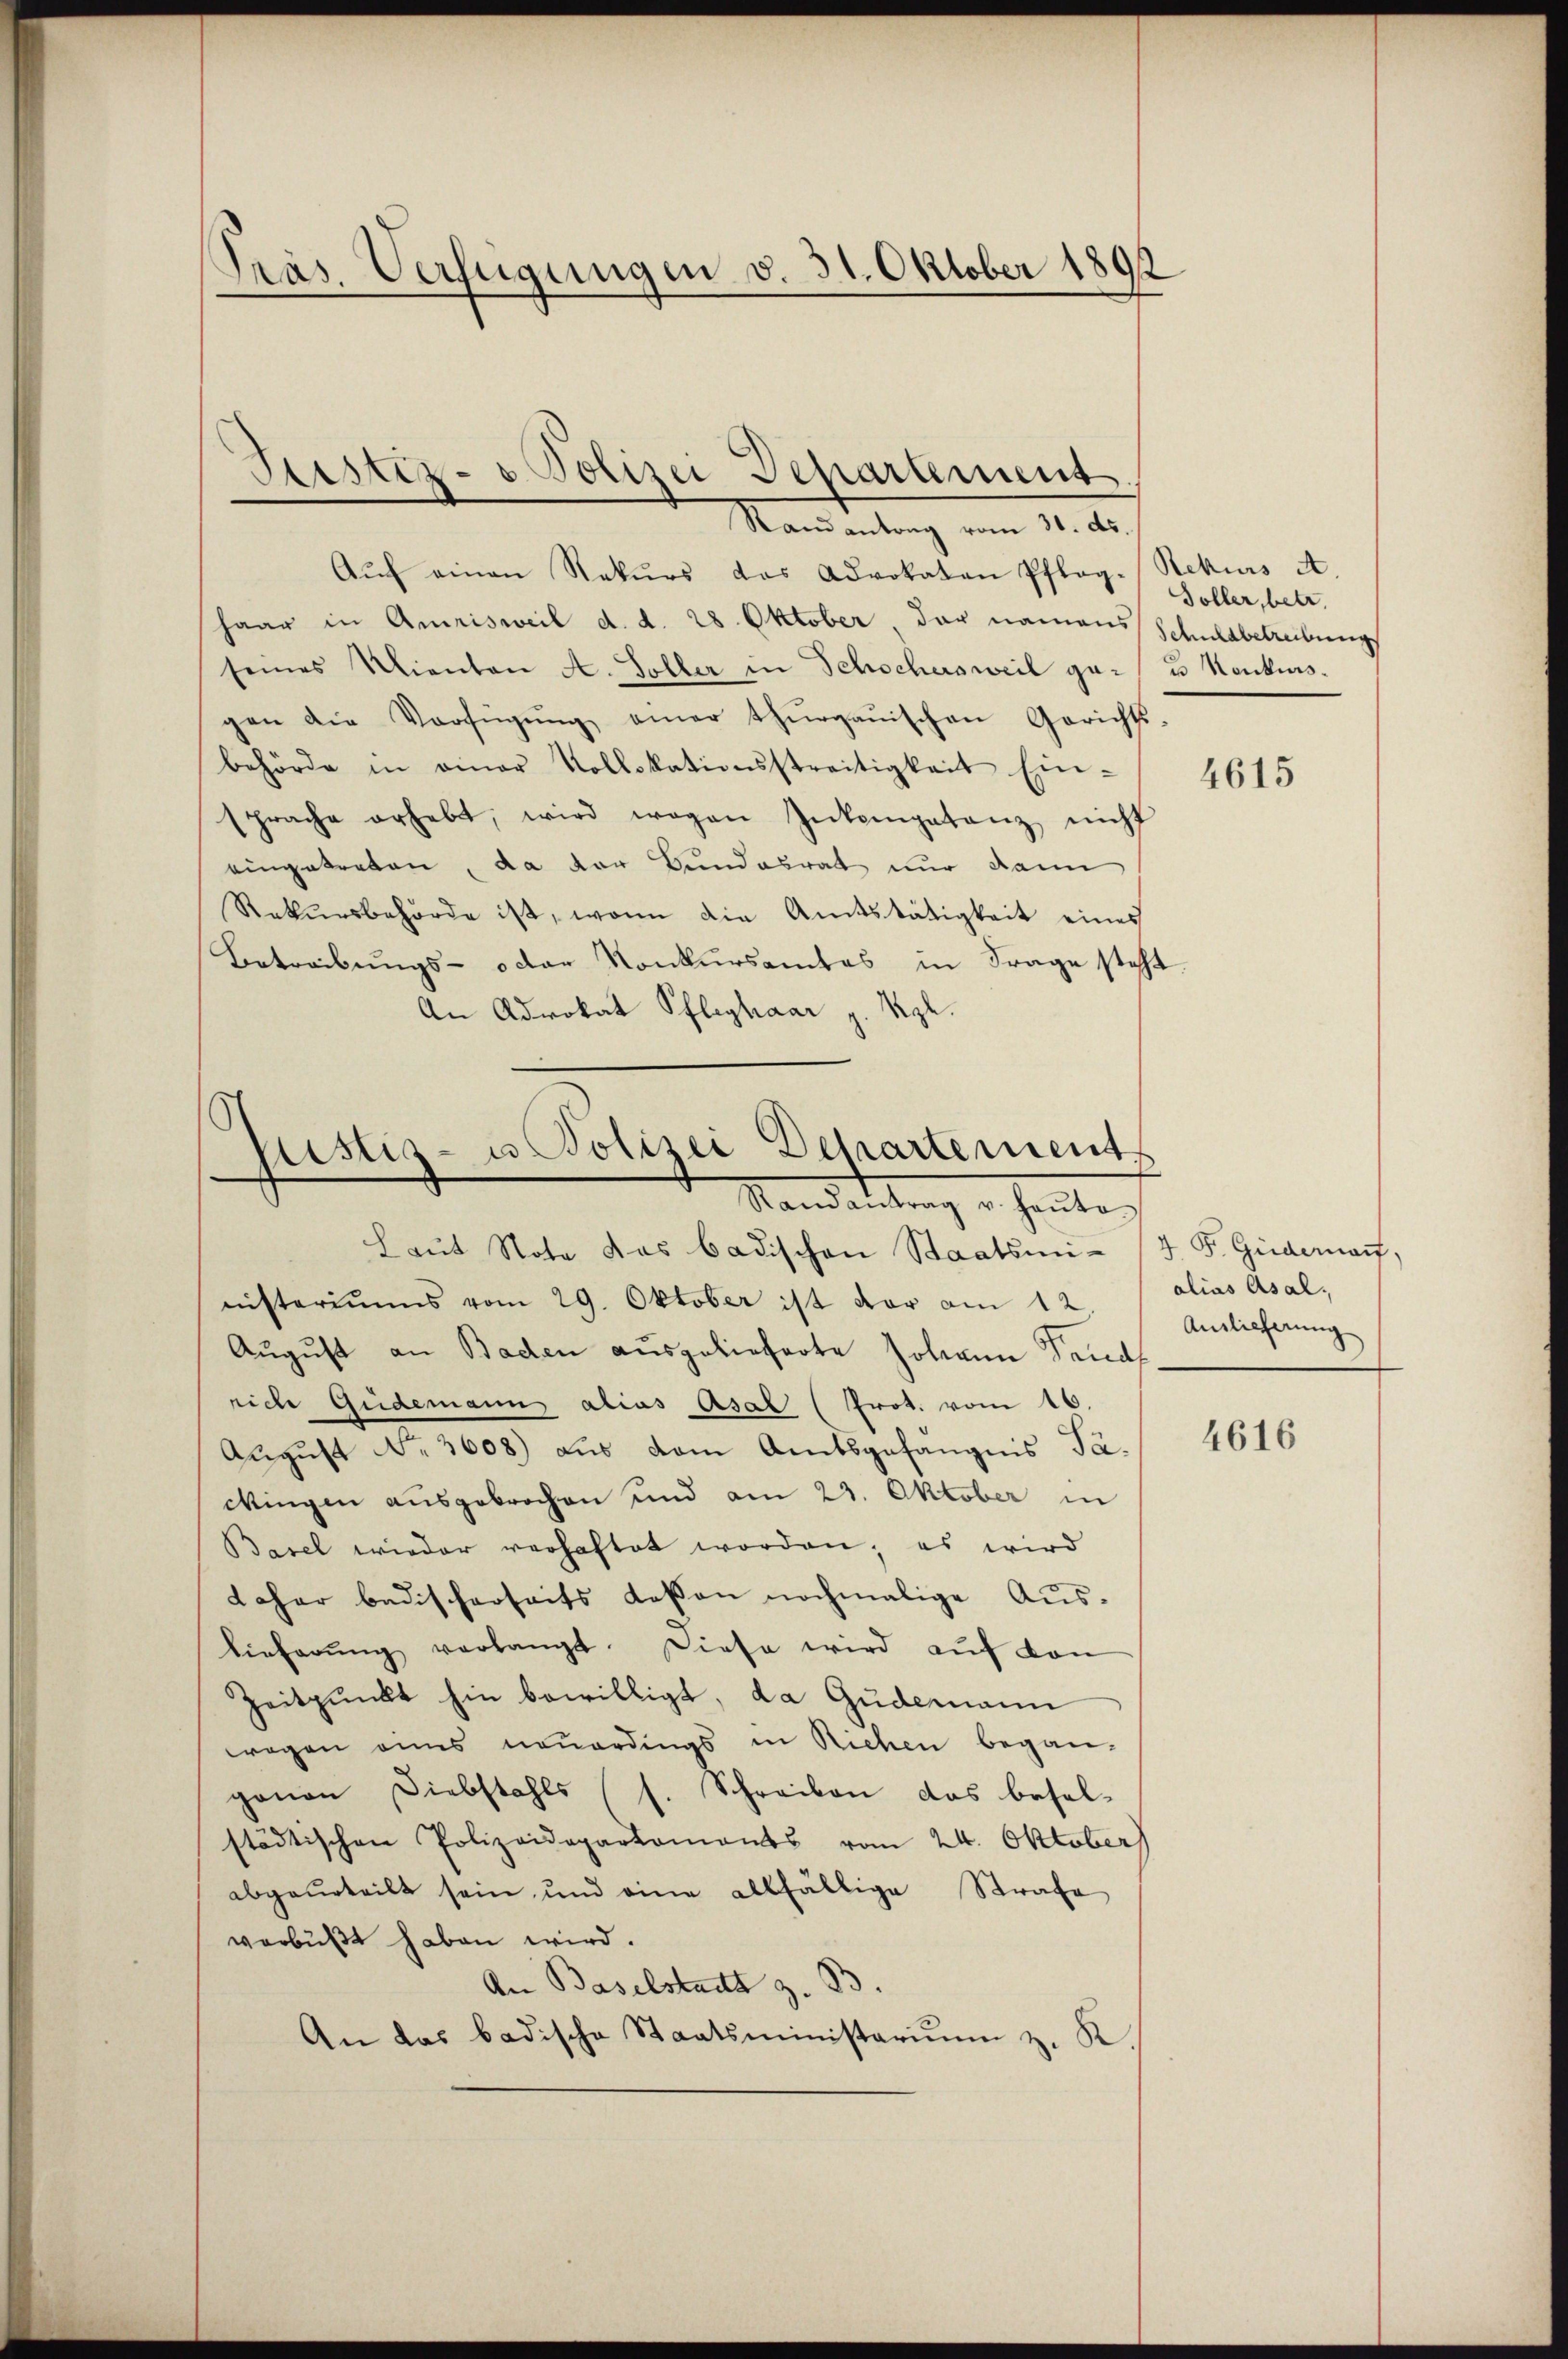
Präs. Verfügungen v. 31. Oktober 1892

Justiz- & Polizei Departement
Rand antrag vom 31. ds.

Aŭf einen Rekurs das Advokaten Pfleg- Rekurs A.
haar in Amrisweil d. d. 28. Oktober, der namens Schuldbetreibung
seines Kienten A. Soller in Schochersweil ge- & Konkursgen die Verfügŭng einer thurgauischen Gerichts
behörde in einer Kollokationsstreitigkeit Ein-
sprache erhebt, wird wegen Inkompetenz nicht
eingetreten, da der Bundesrat nur dann
Rekŭrsbehörde ist, wenn die Amtstätigkeit eines
Betreibungs- oder Konkursamtes in Frage steht
An Advokat Pfleghaar z. Kgl.

justiz- u. Polizei Departement
Mandattung er heute.
Laŭt Note das badischen Staatsmi- J. P. Guiderauf,

nisteriums vom 29. Oktober ist vor am 12.
August an Baden ausgelieferte Johann Trud
rich Guidemann alias Asal (Prot. vom 16.
August No. 3608) aus vom Amtsgefängnis Pa¬
Mingen ausgebrochen und am 23. Oktober in
Basel wieder verhaftet worden; es wird
daher badischerseits dessen nochmalige Auslieferŭng verlangt. Diese wird aŭf von
Zeitpunkt hin bewilligt, da Gudemann
wegen eines neuerdings in Richen began-
ganen Diebstahls (s. Schreiben das beselstädtischen Polizeideparkoments vom 24. Oktober)
abgeurteilt sein und eine allfällige Strafe
verbüßt haben wird.
An Baselstadt z. B.
An das badische Staatsministerium z. K.

Soller, betr.

4615

alias Asal,
Auslicherung

4616